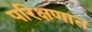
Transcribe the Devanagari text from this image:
परिक्षणात